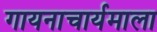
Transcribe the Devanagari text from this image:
गायनाचार्यमाला